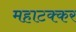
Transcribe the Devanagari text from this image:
महाटक्कर